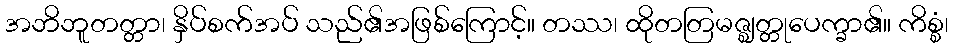
အဘိဘူတတ္တာ၊ နှိပ်စက်အပ် သည်၏အဖြစ်ကြောင့်။ တဿ၊ ထိုတတြမဇ္ဈတ္တုပေက္ခာ၏။ ကိစ္စံ၊